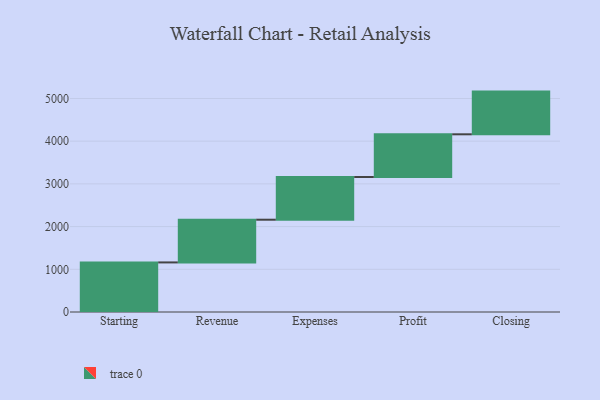
{"axis": {"x": "Step", "y": "Value"}, "legend": [""], "data": [{"x": "Starting", "y": 1161.0, "type": ""}, {"x": "Revenue", "y": 1000, "type": ""}, {"x": "Expenses", "y": 1000, "type": ""}, {"x": "Profit", "y": 1000, "type": ""}, {"x": "Closing", "y": 1000, "type": ""}]}